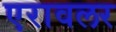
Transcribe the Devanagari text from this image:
एरावलर